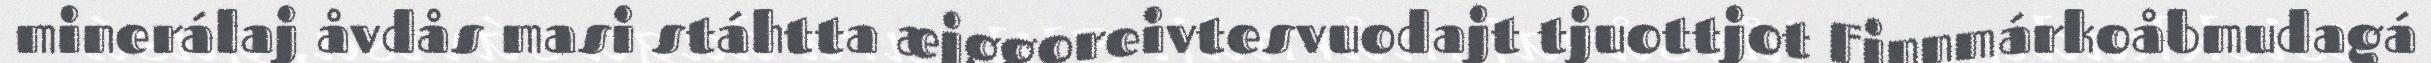
minerálaj åvdås masi stáhtta æjggoreivtesvuodajt tjuottjot Finnmárkoåbmudagá